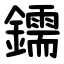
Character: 鑐